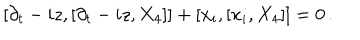
[ \partial _ { t } - i z , [ \partial _ { t } - i z , X _ { 4 } ] ] + [ x _ { i } , [ x _ { i } , X _ { 4 } ] ] = 0 \, .